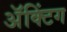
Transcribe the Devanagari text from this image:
अॅक्टिंग